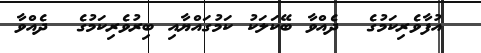
އުފާވެރިކަމުގެ  ދެއްވާ ބޭކަލަކު ކަމުގައްޔާއި ބިރުވެރިކަމުގެ  ދެއްވާ